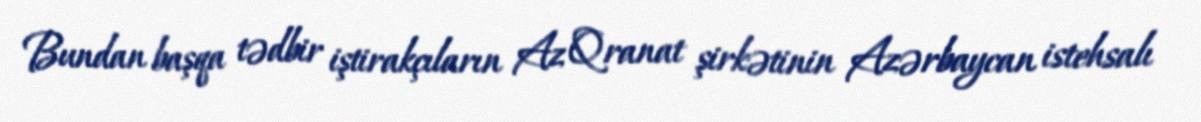
Bundan başqa tədbir iştirakçıların Az Qranat şirkətinin Azərbaycan istehsalı